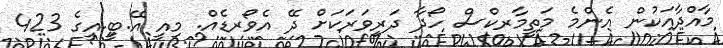
މާއްދާއަކުން އެންމެ މަތީމާރކްސް ހޯދާ ދަރިވަރަކަށް ދޭ އެވޯރޑެއް. މިއީ އޭ.ބީ.އީގެ 423